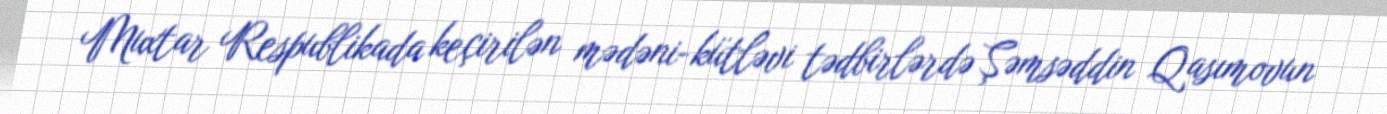
Muxtar Respublikada keçirilən mədəni-kütləvi tədbirlərdə Şəmsəddin Qasımovun